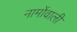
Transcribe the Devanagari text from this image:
नामोंवाली